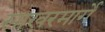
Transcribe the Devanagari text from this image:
साखरमार्गे